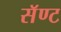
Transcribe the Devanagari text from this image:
सॅण्ट